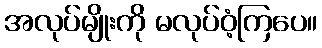
အလုပ်မျိုးကို မလုပ်ဝံ့ကြပေ။